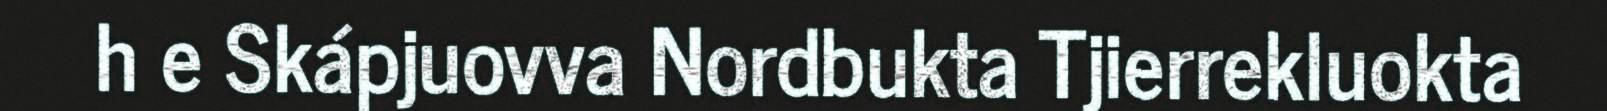
h e Skápjuovva Nordbukta Tjierrekluokta